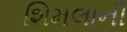
શિમલાની